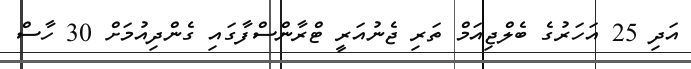
އަދި 25 އަހަރުގެ ބެލްޖިއަމް ތަރި ޖެނުއަރީ ޓްރާންސްފާގައި ގެންދިއުމަށް 30 ހާސް